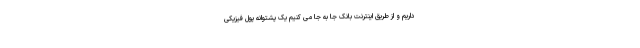
داریم و از طریق اینترنت بانک جا به جا می کنیم یک پشتوانه پول فیزیکی